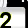
Digit: 2